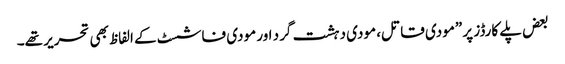
بعض پلے کارڈز پر ”مودی قاتل، مودی دہشت گرد اور مودی فاشسٹ کے الفاظ بھی تحریر تھے۔